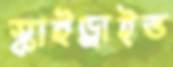
স্কাইড্রাইভ